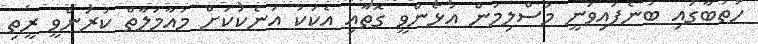
ހުތުބާގައި ބުނެފައިވަނީ މުސްލިމުން އުޅެންވީ ގޮތާއި އެކަކު އަނެކަކަށް މުއާމަލާތް ކުރަންވީ ރީތި